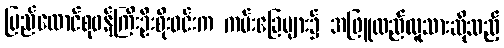
ပြည်ထောင်စုဝန်ကြီးဦးစိုးဝင်းက ကမ်းခြေများ၌ အဖြူထည်လူသားဆိုသည့်